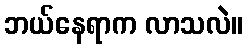
ဘယ်နေရာက လာသလဲ။